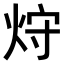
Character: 𤈁